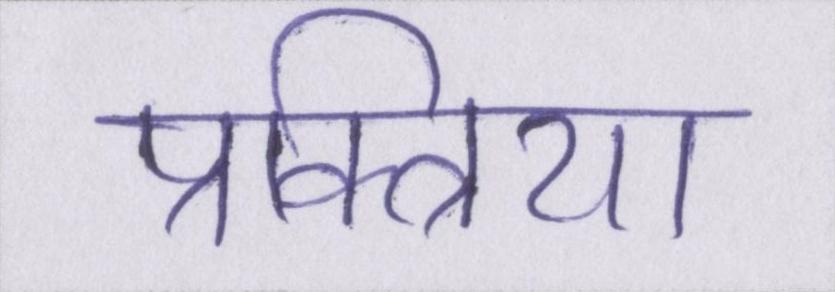
प्रक्त्रिया